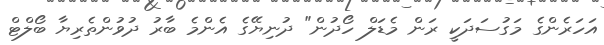
އަހަރެންގެ މަގުސަދަކީ ރަން މެޑަލް ހޯދުން" ދުނިޔޭގެ އެންމެ ބާރު ދުވުންތެރިޔާ ބޯލްޓް